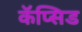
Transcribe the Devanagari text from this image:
कॅप्सिड